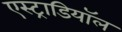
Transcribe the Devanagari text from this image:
एस्ट्राडियॉल